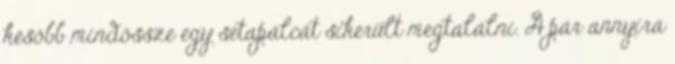
később mindössze egy sétapálcát sikerült megtalálni. A pár annyira